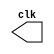
// -------------------------
// clock.v  Gerador de clock
// Nome: Willian Antonio dos Santos
// -------------------------
// ---------------------------
// -- clock generator (1)
// ---------------------------
module clock ( clk );
       output clk;
       reg clk;
       initial begin
               clk = 1'b0;
       end
       always begin
           #12 clk = ~clk;
       end
endmodule // clock ( )